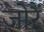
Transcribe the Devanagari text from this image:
जोरैं